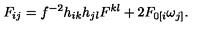
F _ { i j } = f ^ { - 2 } h _ { i k } h _ { j l } F ^ { k l } + 2 F _ { 0 [ i } \omega _ { j ] } .